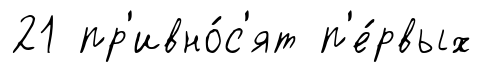
21 пр'ивно́с'ят п'е́рвых